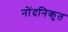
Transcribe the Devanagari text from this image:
नोंदनिकृत